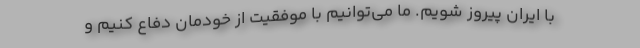
با ایران پیروز شویم. ما می‌توانیم با موفقیت از خودمان دفاع کنیم و